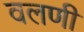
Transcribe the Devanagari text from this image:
वलणी